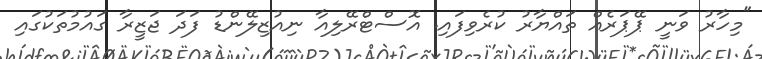
"މިހާރު ވަނީ ޕޭޕަރެއް ތައްޔާރު ކުރެވިފައި. އޮސްޓްރޭލިއާ ނިއުޒިލޭންޑު ފަދަ ޖަޒީރާ ގައުމުތަކުގައި